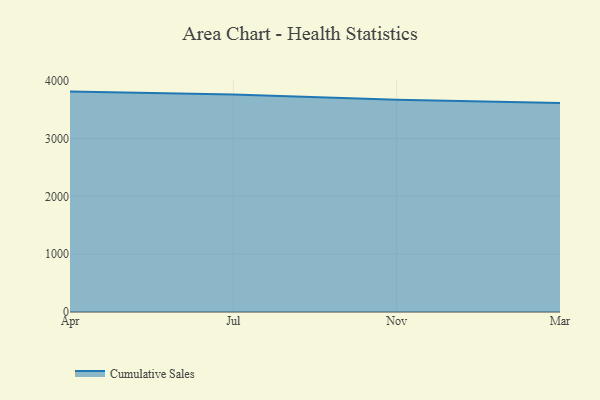
{"axis": {"x": "Month", "y": "Market Share (%)"}, "legend": ["Cumulative Sales"], "data": [{"x": "Apr", "y": 3810.3, "type": "Cumulative Sales"}, {"x": "Jul", "y": 3759.1, "type": "Cumulative Sales"}, {"x": "Nov", "y": 3670.6, "type": "Cumulative Sales"}, {"x": "Mar", "y": 3613.6, "type": "Cumulative Sales"}]}